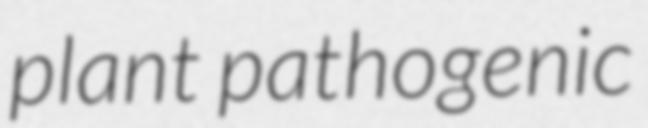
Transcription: plant pathogenic